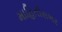
માહિતીસભર